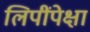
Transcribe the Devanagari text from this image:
लिपींपेक्षा